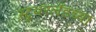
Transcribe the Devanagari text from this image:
स्टूथरलँडच्या